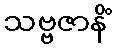
သဗ္ဗဇာနိံ